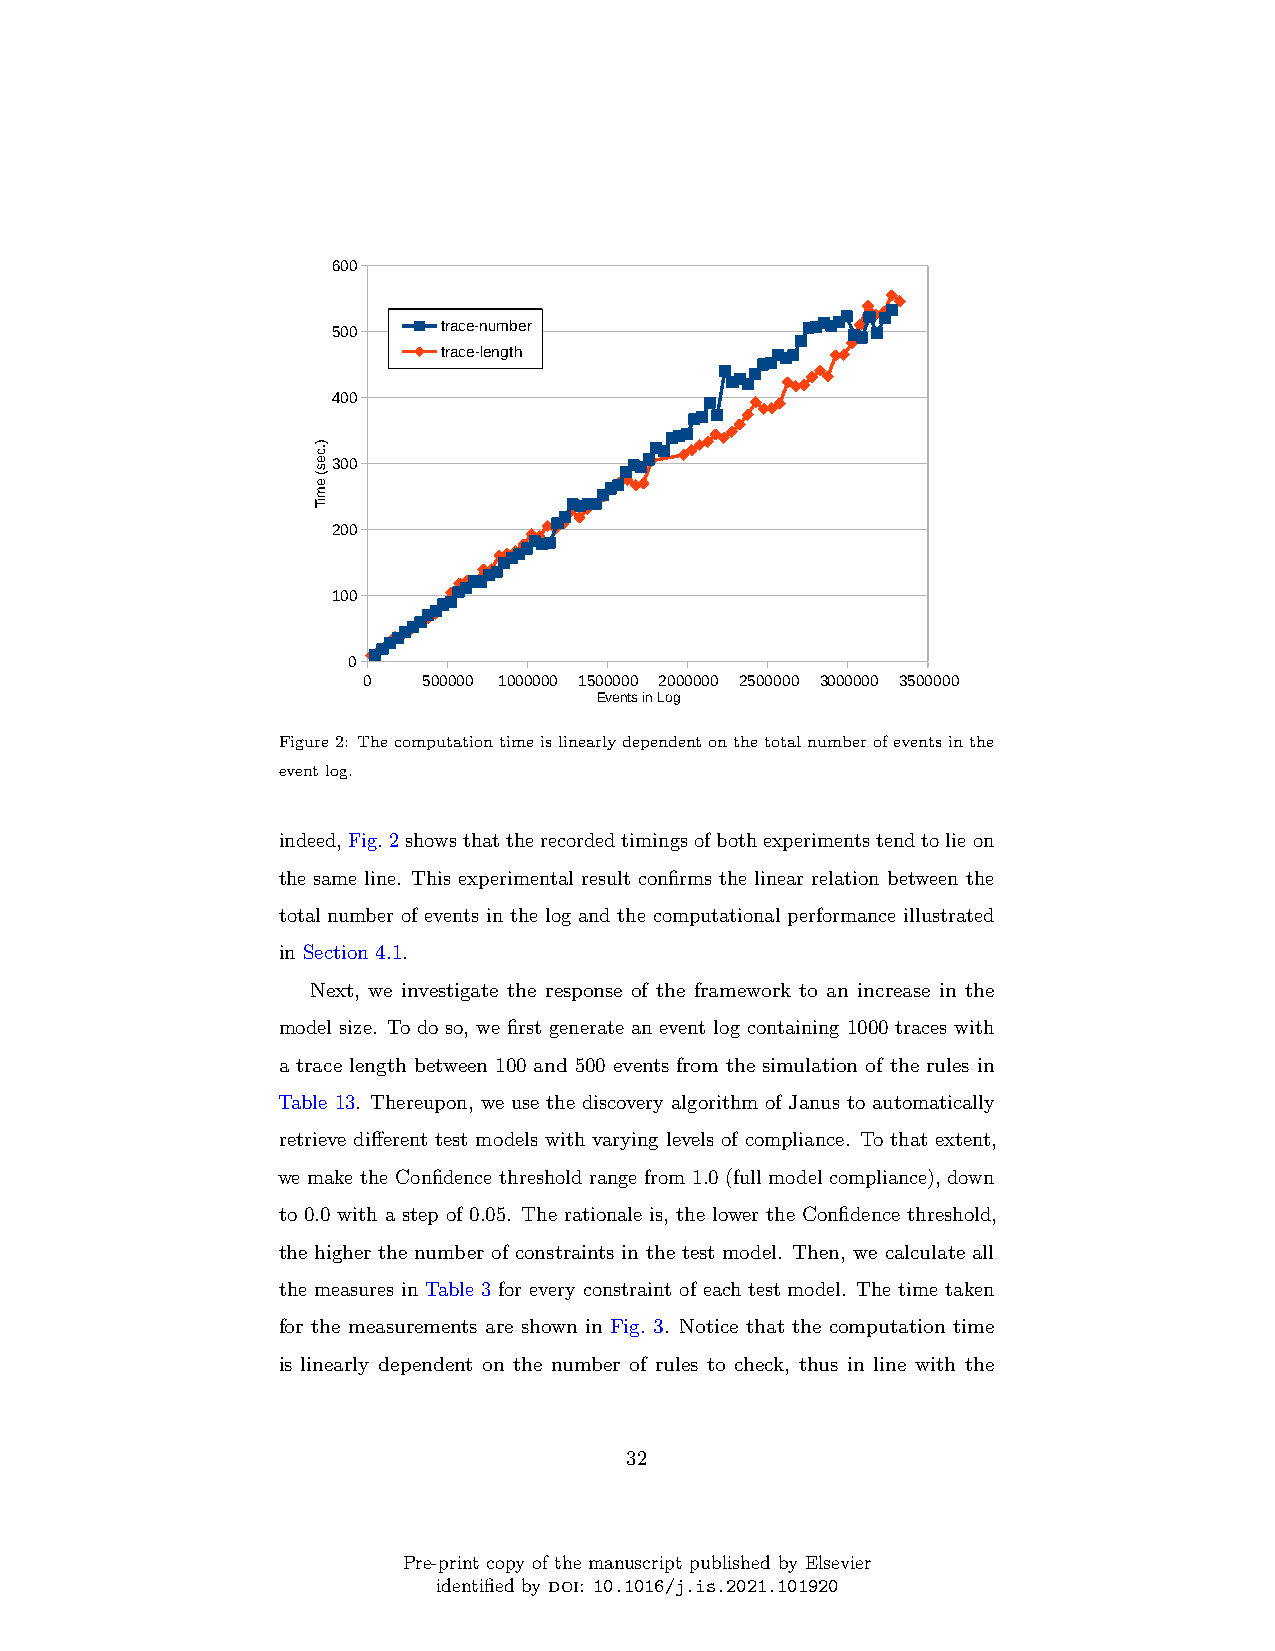
600
 500    trace-number
 trace-length
 400
 300
 200
 100
 0
 0   500000 1000000 1500000 2000000 2500000 3000000 3500000
 Events in Log
 Figure2: Thecomputationtimeislinearlydependentonthetotalnumberofeventsinthe
 eventlog.
 indeed,Fig.2showsthattherecordedtimingsofbothexperimentstendtolieon
 the same line. This experimental result confirms the linear relation between the
 total number of events in the log and the computational performance illustrated
 in Section 4.1.
 Next, we investigate the response of the framework to an increase in the
 model size. To do so, we first generate an event log containing 1000 traces with
 a trace length between 100 and 500 events from the simulation of the rules in
 Table 13. Thereupon, we use the discovery algorithm of Janus to automatically
 retrieve different test models with varying levels of compliance. To that extent,
 we make the Confidence threshold range from 1.0 (full model compliance), down
 to 0.0 with a step of 0.05. The rationale is, the lower the Confidence threshold,
 the higher the number of constraints in the test model. Then, we calculate all
 the measures in Table 3 for every constraint of each test model. The time taken
 for the measurements are shown in Fig. 3. Notice that the computation time
 is linearly dependent on the number of rules to check, thus in line with the
 32
 Pre-print copy of the manuscript published by Elsevier
 identified by doi: 10.1016/j.is.2021.101920
 ).ces(
 emiT